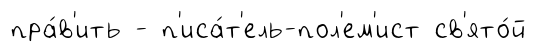
пра́в'ить - п'иса́т'ель-пол'ем'ист св'ято́й